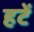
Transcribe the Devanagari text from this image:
हटें